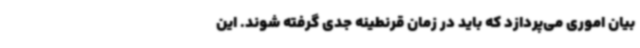
بیان اموری می‌پردازد که باید در زمان قرنطینه جدی گرفته شوند. این